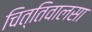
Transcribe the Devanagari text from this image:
चित्तिवालसा